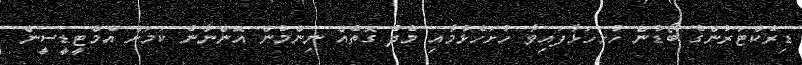
ޑިރެކްޓަރުންގެ ބޯޑުން ހުށަހަޅާފައިވާ ހުށަހެޅުމާއި މެދު ގޮތެއް ނިންމުން އޮންނާނެ ކަމަށް އެމްޓީޑީސީން